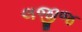
લજીજ